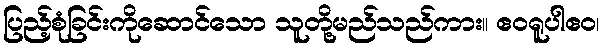
ပြည့်စုံခြင်းကိုဆောင်သော သူတို့မည်သည်ကား။ ဧဝရူပါဧဝ၊